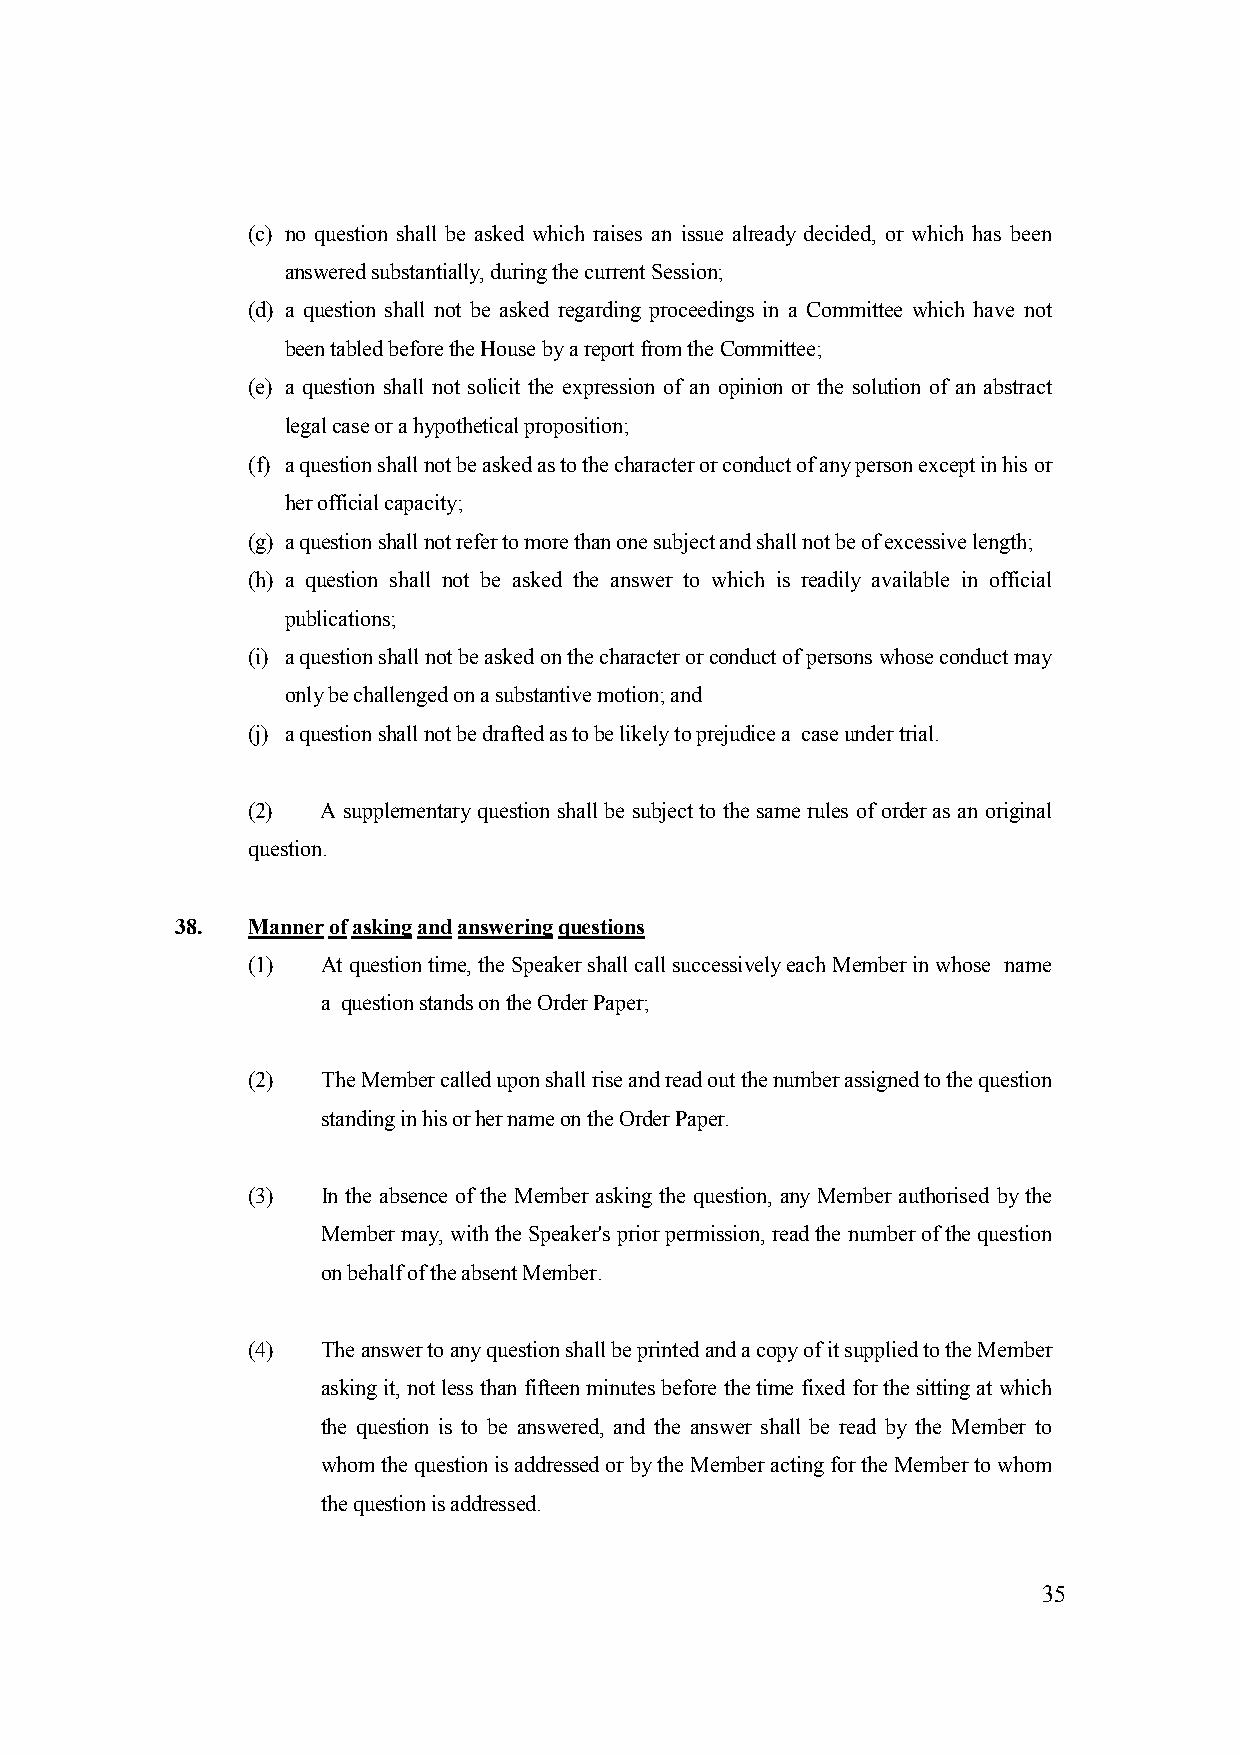
(c) no question shall be asked which raises an issue already decided, or which has been
 answered substantially, during the current Session;
 (d) a question shall not be asked regarding proceedings in a Committee which have not
 been tabled before the House by a report from the Committee;
 (e) a question shall not solicit the expression of an opinion or the solution of an abstract
 legal case or a hypothetical proposition;
 (f) a question shall not be asked as to the character or conduct of any person except in his or
 her official capacity;
 (g) a question shall not refer to more than one subject and shall not be of excessive length;
 (h) a question shall not be asked the answer to which is readily available in official
 publications;
 (i) a question shall not be asked on the character or conduct of persons whose conduct may
 only be challenged on a substantive motion; and
 (j) a question shall not be drafted as to be likely to prejudice a case under trial.
 (2)  A supplementary question shall be subject to the same rules of order as an original
 question.
 38. Manner of asking and answering questions
 (1)  At question time, the Speaker shall call successively each Member in whose name
 a question stands on the Order Paper;
 (2)  The Member called upon shall rise and read out the number assigned to the question
 standing in his or her name on the Order Paper.
 (3)  In the absence of the Member asking the question, any Member authorised by the
 Member may, with the Speaker's prior permission, read the number of the question
 on behalf of the absent Member.
 (4)  The answer to any question shall be printed and a copy of it supplied to the Member
 asking it, not less than fifteen minutes before the time fixed for the sitting at which
 the question is to be answered, and the answer shall be read by the Member to
 whom the question is addressed or by the Member acting for the Member to whom
 the question is addressed.
 35